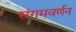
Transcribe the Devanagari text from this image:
संगमवर्णन